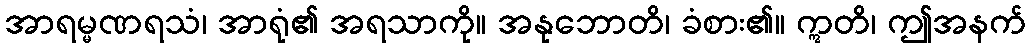
အာရမ္မဏရသံ၊ အာရုံ၏ အရသာကို။ အနုဘောတိ၊ ခံစား၏။ ဣတိ၊ ဤအနက်